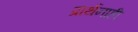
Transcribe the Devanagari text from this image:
प्रार्थनाही